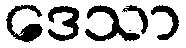
ဒေသာ